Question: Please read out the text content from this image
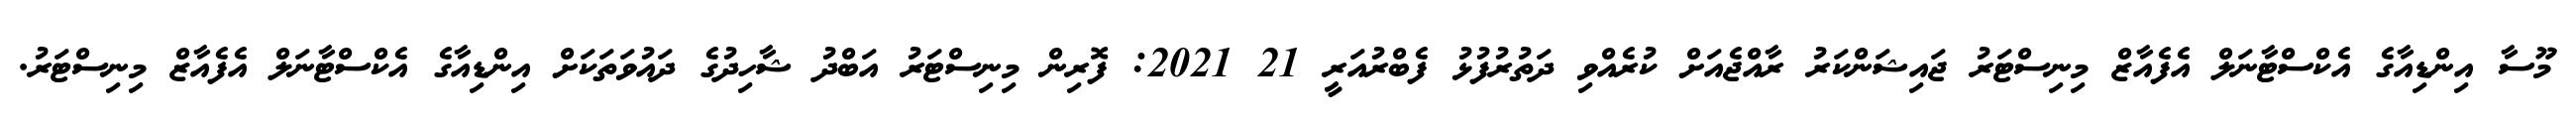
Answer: މޫސާ އިންޑިއާގެ އެކްސްޓާނަލް އެފެއާޒް މިނިސްޓަރު ޖައިޝަންކަރު ރާއްޖެއަށް ކުރެއްވި ދަތުރުފުޅު ފެބްރުއަރީ 21 2021: ފޮރިން މިނިސްޓަރު އަބްދު ޝާހިދުގެ ދައުވަތަކަށް އިންޑިއާގެ އެކްސްޓާނަލް އެފެއާޒް މިނިސްޓަރު.